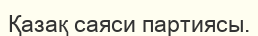
Қазақ саяси партиясы.